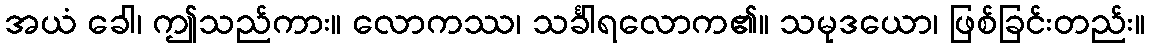
အယံ ခေါ၊ ဤသည်ကား။ လောကဿ၊ သင်္ခါရလောက၏။ သမုဒယော၊ ဖြစ်ခြင်းတည်း။